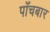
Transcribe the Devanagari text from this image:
पाँचबार